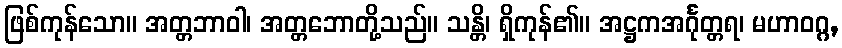
ဖြစ်ကုန်သော။ အတ္တဘာဝါ၊ အတ္တဘောတို့သည်။ သန္တိ၊ ရှိကုန်၏။ အဋ္ဌကအင်္ဂုတ္တရ၊ မဟာဝဂ္ဂ,